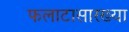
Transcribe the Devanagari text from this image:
फलाटासारख्या